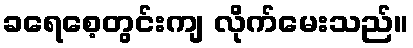
ခရေစေ့တွင်းကျ လိုက်မေးသည်။